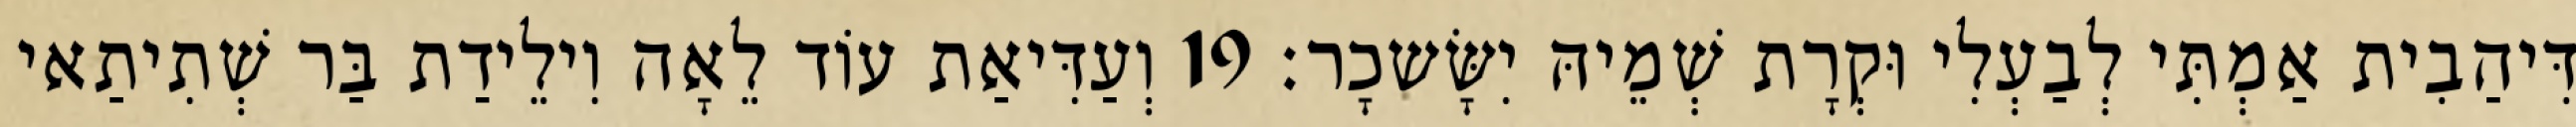
דִּיהַבִית אַמְתִּי לְבַעְלִי וּקְרָת שְׁמֵיהּ יִשָּׂשכָר׃ 19 וְעַדִּיאַת עוֹד לֵאָה וִילֵידַת בַּר שְׁתִיתַאי